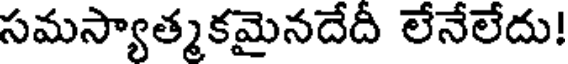
సమస్యాత్మకమైనదేదీ లేనేలేదు!